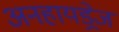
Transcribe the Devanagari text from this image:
अनहायड्रेज